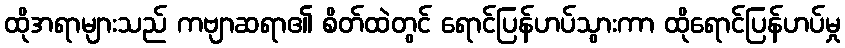
ထိုအရာများသည် ကဗျာဆရာ၏ စိတ်ထဲတွင် ရောင်ပြန်ဟပ်သွားကာ ထိုရောင်ပြန်ဟပ်မှု